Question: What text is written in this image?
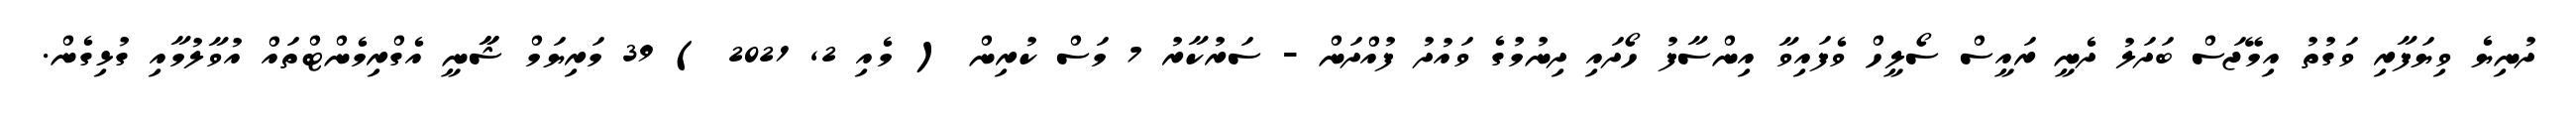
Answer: ދުނިޔެ ވިޔަފާރި ވަގުތު އިމޭޖަސް ބަދަލު ދެނީ ރައީސް ސޯލީހް ވެފައިވާ އިންސާފު ހޯދައި ދިނުމުގެ ވައުދު ފުއްދަން - ސަރުކާރު 7 މަސް ކުރިން ( މެއި 2, 2021 ) 39 މަރިޔަމް ޝާާނީ އެގްރިމެންޓްތައް އުވާލުމާއި ގުޅިގެން.